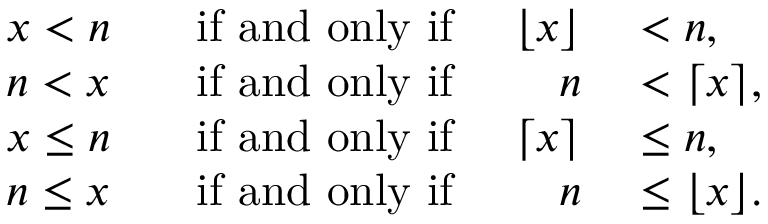
\begin{array} { r l r l } { x < n } & { { } \; \; { \mathrm { ~ i f ~ a n d ~ o n l y ~ i f ~ } } } & { \lfloor x \rfloor } & { { } < n , } \\ { n < x } & { { } \; \; { \mathrm { ~ i f ~ a n d ~ o n l y ~ i f ~ } } } & { n } & { { } < \lceil x \rceil , } \\ { x \leq n } & { { } \; \; { \mathrm { ~ i f ~ a n d ~ o n l y ~ i f ~ } } } & { \lceil x \rceil } & { { } \leq n , } \\ { n \leq x } & { { } \; \; { \mathrm { ~ i f ~ a n d ~ o n l y ~ i f ~ } } } & { n } & { { } \leq \lfloor x \rfloor . } \end{array}